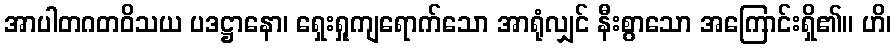
အာပါတဂတဝိသယ ပဒဋ္ဌာနော၊ ရှေးရှုကျရောက်သော အာရုံလျှင် နီးစွာသော အကြောင်းရှိ၏။ ဟိ၊